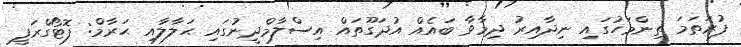
ފުރަތަމަ ތިންމަހުގައި ނިދާއިރު ދިމާވާ ބައެއް އުދަގޫތައް އިސްލާމްދީނުގައި ޙަލާލާއި ޙަރާމް: ފޮޓޯގްރަފީ